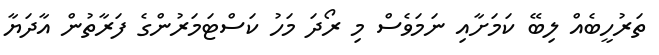
ތަރުހީބެއް ލިބޭ ކަމަށާއި ނަމަވެސް މި ރޯދަ މަހު ކަސްޓަމަރުންގެ ފަރާތުން އާދަޔާ